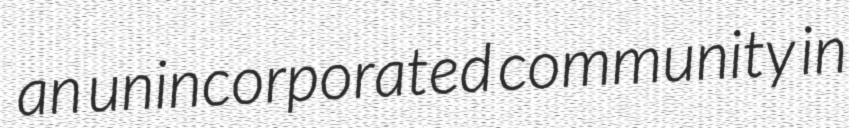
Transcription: an unincorporated community in